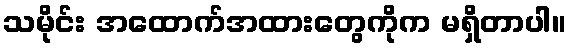
သမိုင်း အထောက်အထားတွေကိုက မရှိတာပါ။